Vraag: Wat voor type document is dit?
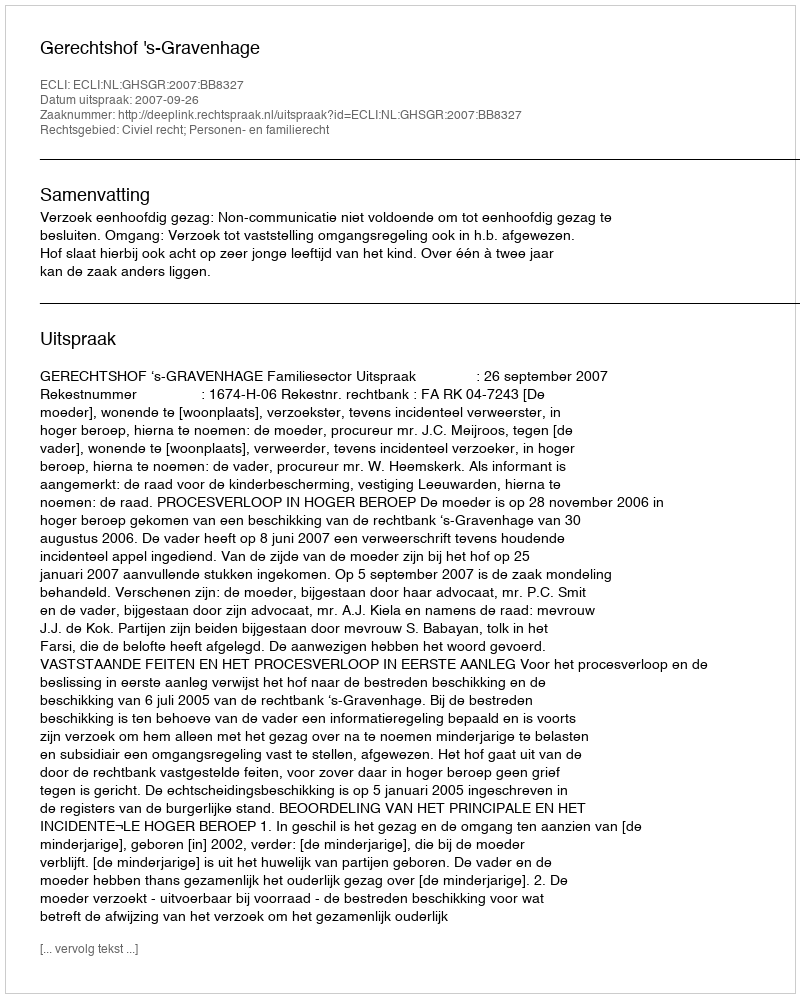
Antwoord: Uitspraak